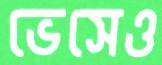
ভেসেও